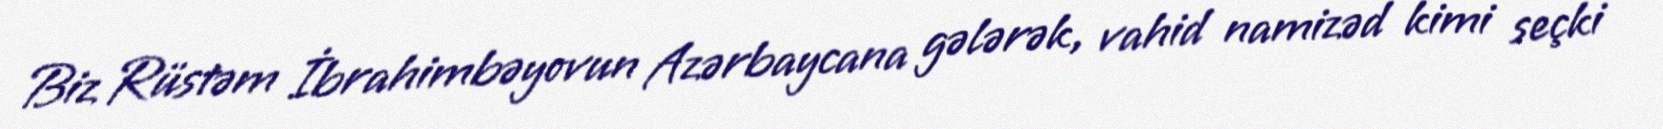
Biz Rüstəm İbrahimbəyovun Azərbaycana gələrək, vahid namizəd kimi seçki